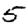
Digit: 5